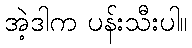
အဲ့ဒါက ပန်းသီးပါ။